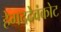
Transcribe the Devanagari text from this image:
हेगददेवंकोट